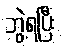
ဘွဲ့ရပြီး